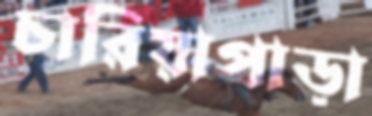
চারিয়াপাড়া